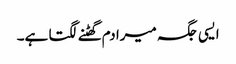
ایسی جگہ میرا دم گھٹنے لگتا ہے۔